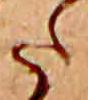
た